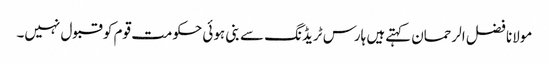
مولانا فضل الرحمان کہتےہیں ہارس ٹریڈنگ سے بنی ہوئی حکومت قوم کو قبول نہیں۔